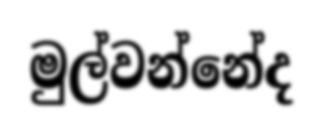
මුල්වන්නේද